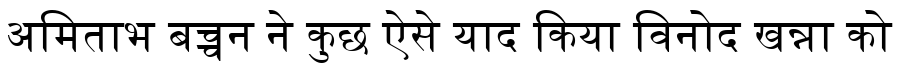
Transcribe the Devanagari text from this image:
अमिताभ बच्चन ने कुछ ऐसे याद किया विनोद खन्ना को